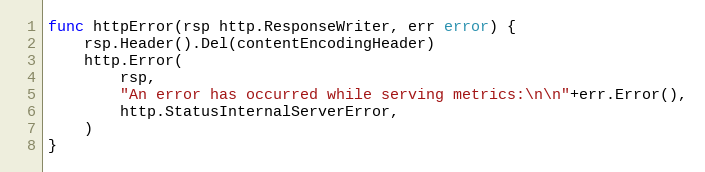
Language: Go
func httpError(rsp http.ResponseWriter, err error) {
	rsp.Header().Del(contentEncodingHeader)
	http.Error(
		rsp,
		"An error has occurred while serving metrics:\n\n"+err.Error(),
		http.StatusInternalServerError,
	)
}